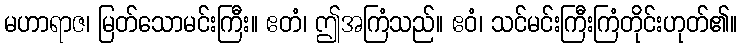
မဟာရာဇ၊ မြတ်သောမင်းကြီး။ ဧတံ၊ ဤအကြံသည်။ ဧဝံ၊ သင်မင်းကြီးကြံတိုင်းဟုတ်၏။